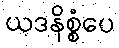
ယဒနိစ္စံပေ